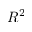
R ^ { 2 }